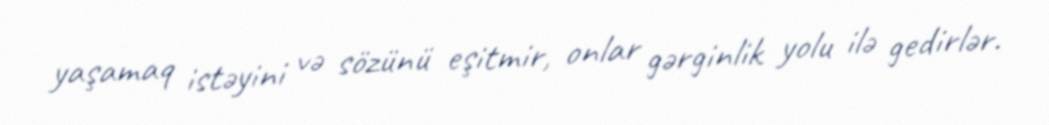
yaşamaq istəyini və sözünü eşitmir, onlar gərginlik yolu ilə gedirlər.